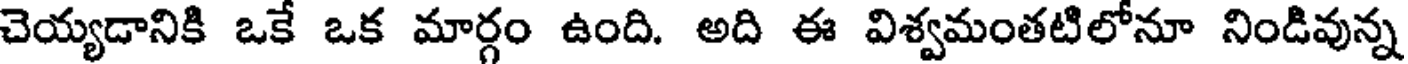
చెయ్యడానికి ఒకే ఒక మార్గం ఉంది. అది ఈ విశ్వమంతటిలోనూ నిండివున్న